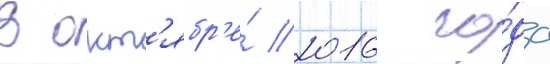
В окт'ябр'е́ 2016 го́да